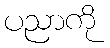
ပညာကို